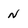
Character: n